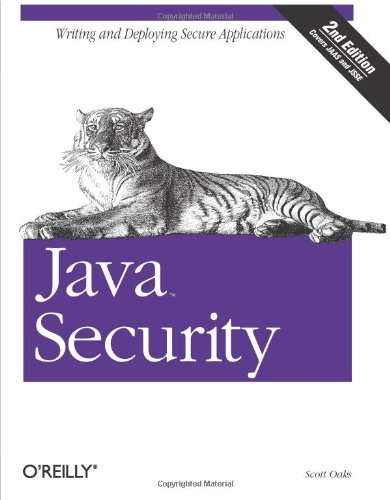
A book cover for Java Security (2nd Edition); Scott Oaks; Computers & Technology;